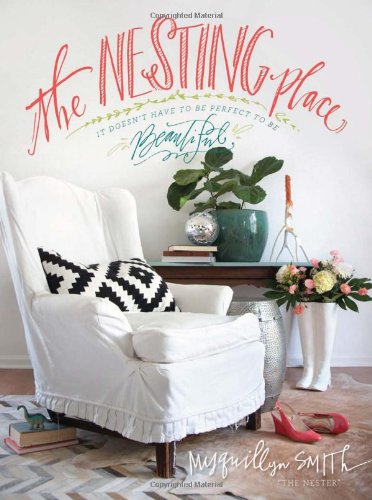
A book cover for The Nesting Place: It Doesn't Have to Be Perfect to Be Beautiful; Myquillyn Smith; Crafts, Hobbies & Home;